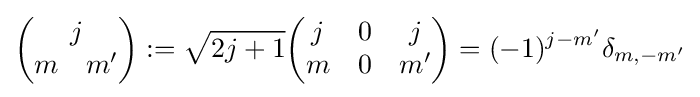
{\begin{pmatrix}j\\m\quad m'\end{pmatrix}}:={\sqrt {2j+1}}{\begin{pmatrix}j&0&j\\m&0&m'\end{pmatrix}}=(-1)^{j-m'}\delta _{m,-m'}